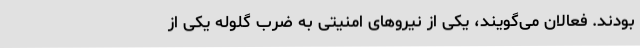
بودند. فعالان می‌گویند، یکی از نیروهای امنیتی به ضرب گلوله یکی از